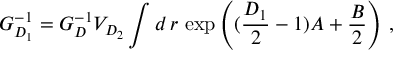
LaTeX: G _ { D _ { 1 } } ^ { - 1 } = G _ { D } ^ { - 1 } V _ { D _ { 2 } } \int d \, r \, \exp { \left( ( \frac { D _ { 1 } } { 2 } - 1 ) A + \frac { B } { 2 } \right) } ~ ,